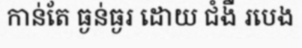
កាន់តែ ធ្ងន់ធ្ងរ ដោយ ជំងឺ របេង